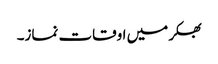
بھکر میں اوقات نماز۔